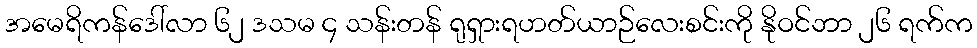
အမေရိကန်ဒေါ်လာ ၆၂ ဒသမ ၄ သန်းတန် ရုရှားရဟတ်ယာဉ်လေးစင်းကို နိုဝင်ဘာ ၂၆ ရက်က